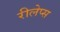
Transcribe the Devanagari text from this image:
रीलेप्स